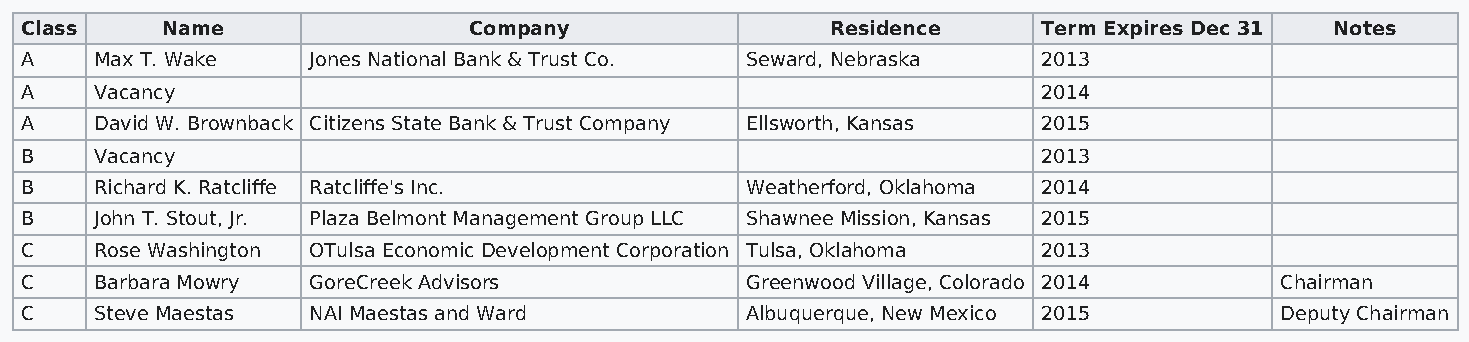
Class     Name                Company                 Residence     Term Expires Dec 31 Notes
 A    Max T. Wake   Jones National Bank & Trust Co. Seward, Nebraska 2013
 A    Vacancy                                                        2014
 A    David W. Brownback Citizens State Bank & Trust Company Ellsworth, Kansas 2015
 B    Vacancy                                                        2013
 B    Richard K. Ratcliffe Ratcliffe's Inc.      Weatherford, Oklahoma 2014
 B    John T. Stout, Jr. Plaza Belmont Management Group LLC Shawnee Mission, Kansas 2015
 C    Rose Washington OTulsa Economic Development Corporation Tulsa, Oklahoma 2013
 C    Barbara Mowry GoreCreek Advisors           Greenwood Village, Colorado 2014    Chairman
 C    Steve Maestas NAI Maestas and Ward         Albuquerque, New Mexico 2015        Deputy Chairman